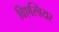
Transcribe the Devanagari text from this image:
विएस्बियर